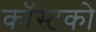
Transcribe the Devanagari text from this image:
कॉस्टको